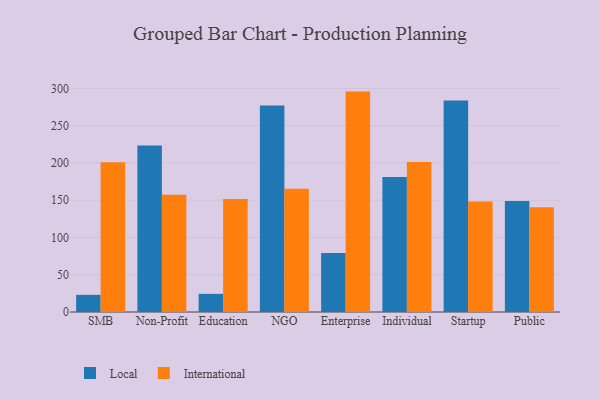
{"axis": {"x": "Segment", "y": "Operating Costs (USD K)"}, "legend": ["International", "Local"], "data": [{"x": "SMB", "y": 23.0, "type": "Local"}, {"x": "SMB", "y": 200.9, "type": "International"}, {"x": "Non-Profit", "y": 223.3, "type": "Local"}, {"x": "Non-Profit", "y": 157.1, "type": "International"}, {"x": "Education", "y": 24.3, "type": "Local"}, {"x": "Education", "y": 151.5, "type": "International"}, {"x": "NGO", "y": 277.1, "type": "Local"}, {"x": "NGO", "y": 165.2, "type": "International"}, {"x": "Enterprise", "y": 79.2, "type": "Local"}, {"x": "Enterprise", "y": 295.6, "type": "International"}, {"x": "Individual", "y": 180.9, "type": "Local"}, {"x": "Individual", "y": 201.2, "type": "International"}, {"x": "Startup", "y": 283.6, "type": "Local"}, {"x": "Startup", "y": 148.1, "type": "International"}, {"x": "Public", "y": 148.8, "type": "Local"}, {"x": "Public", "y": 140.5, "type": "International"}]}